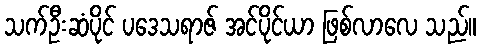
သက်ဦးဆံပိုင် ပဒေသရာဇ် အင်ပိုင်ယာ ဖြစ်လာလေ သည်။